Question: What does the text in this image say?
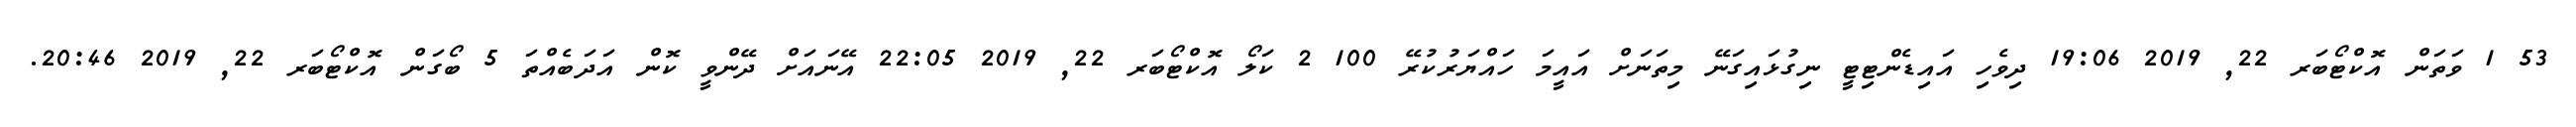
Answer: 53 1 ވަތަން އޮކްޓޯބަރ 22, 2019 19:06 ދިވެހި އައިޑެންޓިޓީ ނިގުޅައިގަނޭ މިތަނަށް އައީމަ ހައްޔަރުކުރޭ 100 2 ކަލޯ އޮކްޓޯބަރ 22, 2019 22:05 އޭނައަށް ދޭންވީ ކޮން އަދަބެއްތަ 5 ބޯގަން އޮކްޓޯބަރ 22, 2019 20:46.